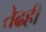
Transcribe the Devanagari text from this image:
तेढही